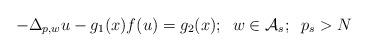
LaTeX: \begin{align*}-\Delta_{p,w}u-g_1(x)f(u)=g_2(x);\;\;w\in \mathcal{A}_s;\;\;p_s>N\end{align*}